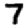
Digit: 7